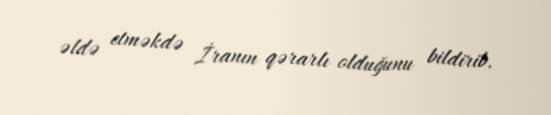
əldə etməkdə İranın qərarlı olduğunu bildirib.